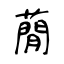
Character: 蕑